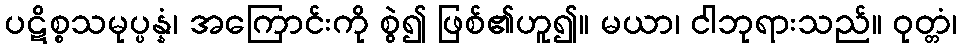
ပဋိစ္စသမုပ္ပန္နံ၊ အကြောင်းကို စွဲ၍ ဖြစ်၏ဟူ၍။ မယာ၊ ငါဘုရားသည်။ ဝုတ္တံ၊